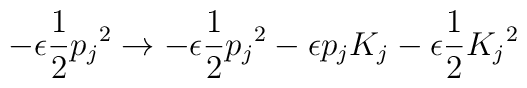
- \epsilon \frac{1}{2} {p_j}^2 \rightarrow- \epsilon \frac{1}{2} {p_j}^2 - \epsilon p_j K_j- \epsilon \frac{1}{2} {K_j}^2